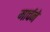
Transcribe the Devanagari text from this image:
मार्चने